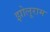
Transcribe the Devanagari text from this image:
झोलूराम